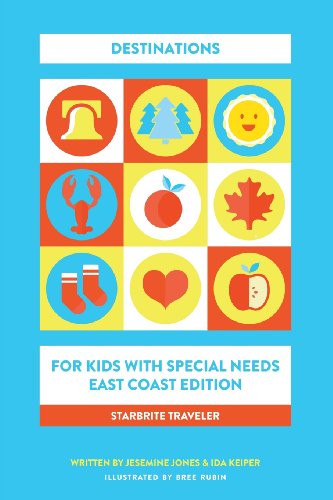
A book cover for Starbrite Traveler: Destinations for Kids With Special Needs - East Coast Edition; Jesemine Jones; Travel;